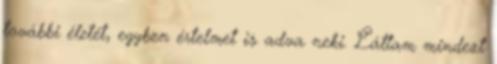
további életét, egyben értelmet is adva neki. Láttam mindezt